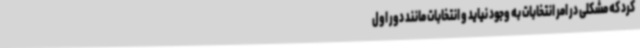
کرد که مشکلی در امر انتخابات به وجود نیاید و انتخابات مانند دور اول